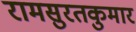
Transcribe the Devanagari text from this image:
रामसुरतकुमार